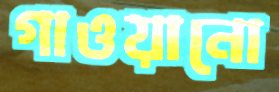
গাওয়ানো